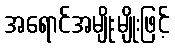
အရောင်အမျိုးမျိုးဖြင့်